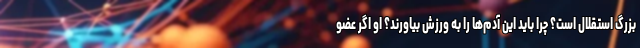
بزرگ استقلال است؟ چرا باید این آدم‌ها را به ورزش بیاورند؟ او اگر عضو